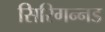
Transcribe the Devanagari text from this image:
सिरिगन्नड